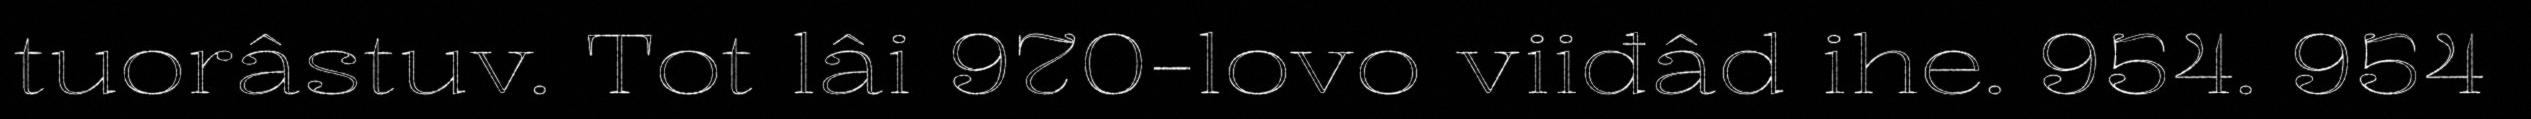
tuorâstuv. Tot lâi 970-lovo viiđâd ihe. 954. 954